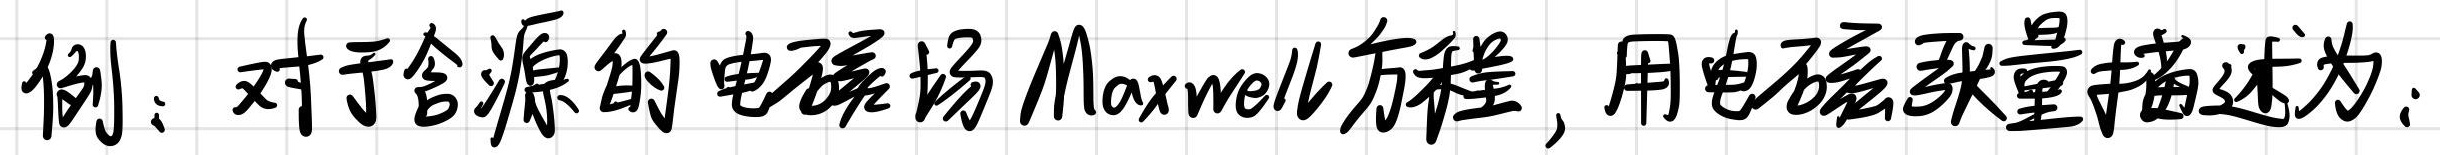
例：对于含源的电磁场Maxwell方程，用电磁张量描述为：